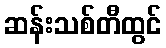
ဆန်းသစ်တီထွင်